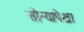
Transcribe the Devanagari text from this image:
सोन्यापेक्षा